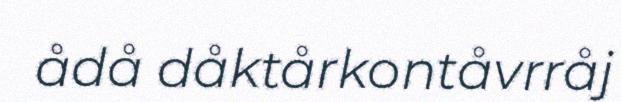
ådå dåktårkontåvrråj